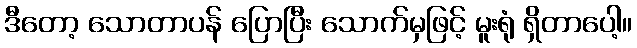
ဒီတော့ သောတာပန် ပြောပြီး သောက်မှဖြင့် မူးရုံ ရှိတာပေါ့။